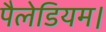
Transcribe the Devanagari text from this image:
पैलेडियम।